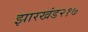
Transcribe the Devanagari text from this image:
झारखंड२१७